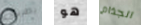
بطريق هو الجذام